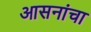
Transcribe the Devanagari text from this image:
आसनांचा